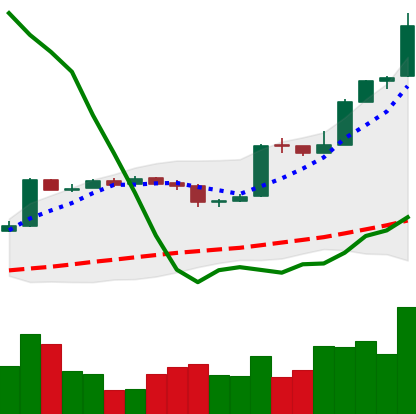
Ticker: BTC-USD
Chart end date: 2016-10-29
Forward return: -3.608%
Label: down_3_5